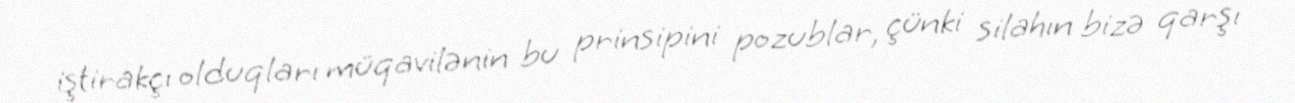
iştirakçı olduqları müqavilənin bu prinsipini pozublar, çünki silahın bizə qarşı